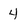
Character: 4